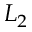
L _ { 2 }